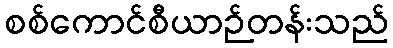
စစ်ကောင်စီယာဉ်တန်းသည်